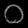
Digit: ၀